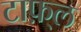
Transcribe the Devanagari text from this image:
टाफ़्ल